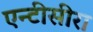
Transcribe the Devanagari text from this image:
एन्टीसीरा